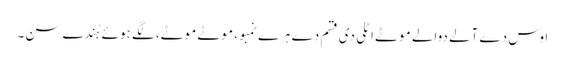
اوس دے آلے دوالے موٹے اٹلی دی قسم دے ہرے نمبو، موٹے موٹے، لگے ہوئے ہُندے سن۔